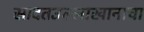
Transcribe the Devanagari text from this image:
सादतउल्लाखानाचा